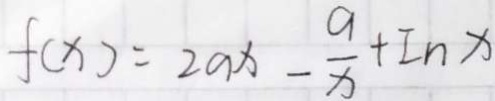
f ( x ) = 2 a x - \frac { a } { x } + I n x